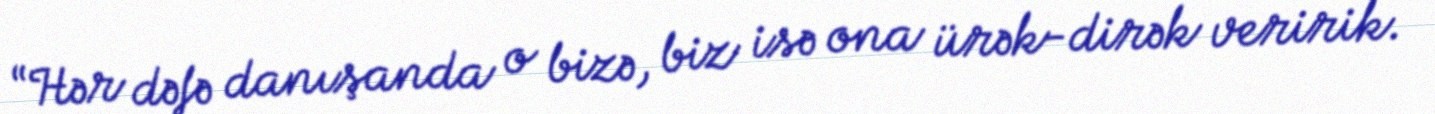
“Hər dəfə danışanda o bizə, biz isə ona ürək-dirək veririk.